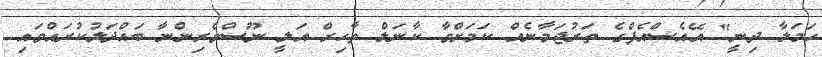
ހަމަލާ ދިނީ" އޭއެސްއެފްގެ ތަރުޖަމާނެއް ކަމަށްވާ ކާނަލް ތާހިރް އަލީ ނޫސްވެރިންނާ ބައްދަލުކުރައްވައި